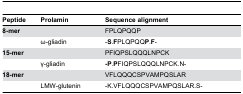
| Peptide | Prolamin | Sequence alignment |
 | --- | --- | --- |
 | 8-mer |  | FPLQPQQP |
 |  | ω-gliadin | -S.FPLQPQQP.F- |
 | 15-mer |  | PFIQPSLQQQLNPCK |
 |  | γ-gliadin | -P.PFIQPSLQQQLNPCK.N- |
 | 18-mer |  | VFLQQQCSPVAMPQSLAR |
 |  | LMW-glutenin | -K.VFLQQQCSPVAMPQSLAR.S- |